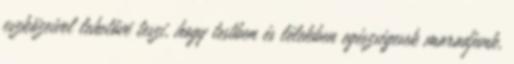
eszközeivel lehetővé teszi, hogy testben és lélekben egészségesek maradjunk,